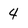
Character: 4